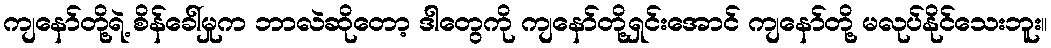
ကျနော်တို့ရဲ့ စိန်ခေါ်မှုက ဘာလဲဆိုတော့ ဒါတွေကို ကျနော်တို့ရှင်းအောင် ကျနော်တို့ မလုပ်နိုင်သေးဘူး။